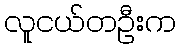
လူငယ်တဦးက